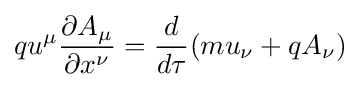
qu^{\mu }{\frac {\partial A_{\mu }}{\partial x^{\nu }}}={\frac {d}{d\tau }}(mu_{\nu }+qA_{\nu })